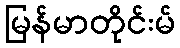
မြန်မာတိုင်းမ်